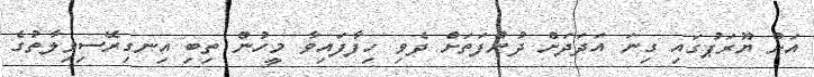
އަށް ޔޫރަޕުގައި ގިނަ އަދަދަށް ދުންފަތަށް ދެވި ހިފާފައިވާ މީހުން ތިބި އިނގިރޭސިވިލާތުގެ